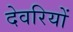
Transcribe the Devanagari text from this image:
देवरियों